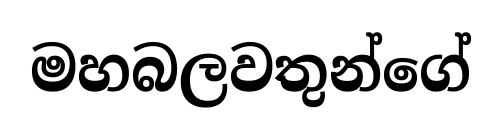
මහබලවතුන්ගේ